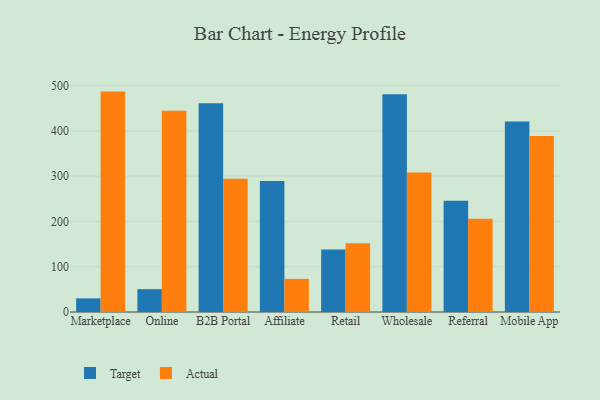
{"axis": {"x": "Channel", "y": "Operating Costs (USD K)"}, "legend": ["Actual", "Target"], "data": [{"x": "Marketplace", "y": 30.1, "type": "Target"}, {"x": "Marketplace", "y": 486.7, "type": "Actual"}, {"x": "Online", "y": 50.4, "type": "Target"}, {"x": "Online", "y": 444.4, "type": "Actual"}, {"x": "B2B Portal", "y": 461.2, "type": "Target"}, {"x": "B2B Portal", "y": 294.4, "type": "Actual"}, {"x": "Affiliate", "y": 289.4, "type": "Target"}, {"x": "Affiliate", "y": 73.1, "type": "Actual"}, {"x": "Retail", "y": 138.1, "type": "Target"}, {"x": "Retail", "y": 151.7, "type": "Actual"}, {"x": "Wholesale", "y": 481.1, "type": "Target"}, {"x": "Wholesale", "y": 308.2, "type": "Actual"}, {"x": "Referral", "y": 245.5, "type": "Target"}, {"x": "Referral", "y": 205.7, "type": "Actual"}, {"x": "Mobile App", "y": 420.6, "type": "Target"}, {"x": "Mobile App", "y": 388.4, "type": "Actual"}]}